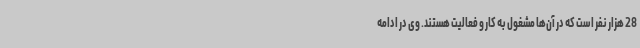
28 هزار نفر است که در آن‌ها مشغول به کار و فعالیت هستند. وی در ادامه